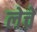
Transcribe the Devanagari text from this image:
लेचे